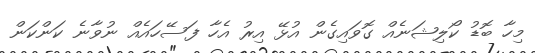
މިހާ ބޮޑު ކޯލިޝަނެއް ގޮވައިގެން އުޅޭ އިރު އެހާ ފަސޭހައެއް ނުވާނެ ކަންކަން